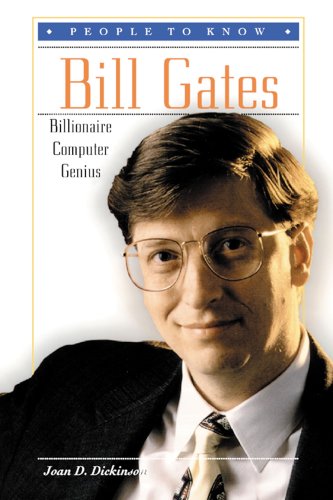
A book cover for Bill Gates: Billionaire Computer Genius (People to Know); Joan D. Dickinson; Children's Books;